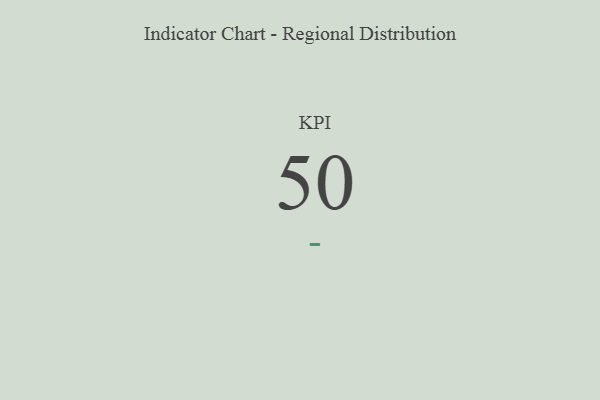
{"axis": {"x": "KPI", "y": "Value"}, "legend": [""], "data": [{"x": "KPI", "y": 50, "type": ""}]}